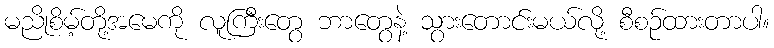
မညိုစိမ့်တို့အမေကို လူကြီးတွေ ဘာတွေနဲ့ သွားတောင်းမယ်လို့ စီစဉ်ထားတာပါ။